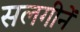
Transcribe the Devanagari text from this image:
सलगीनें